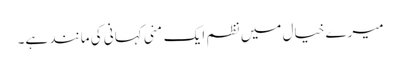
میرے خیال میں نظم ایک مِنی کہانی کی مانند ہے۔